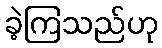
ခဲ့ကြသည်ဟု